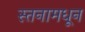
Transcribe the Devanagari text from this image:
स्तनामधून